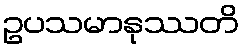
ဥပသမာနုဿတိ